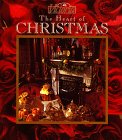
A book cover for Victoria: The Heart of Christmas; Victoria Magazine Editors; Politics & Social Sciences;